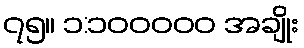
၇၅။ ၁:၁၀၀၀၀၀ အချိုး